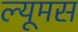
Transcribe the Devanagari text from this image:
ल्यूमस